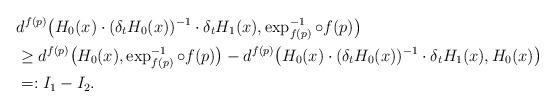
LaTeX: \begin{align*}&d^{f(p)}\big(H_0(x)\cdot(\delta_tH_0(x))^{-1}\cdot\delta_t H_1(x),\exp_{f(p)}^{-1}\circ f(p)\big)\\&\geq d^{f(p)}\big(H_0(x),\exp_{f(p)}^{-1}\circ f(p)\big)-d^{f(p)}\big(H_0(x)\cdot(\delta_tH_0(x))^{-1}\cdot\delta_t H_1(x),H_0(x)\big)\\&=:I_1-I_2.\end{align*}